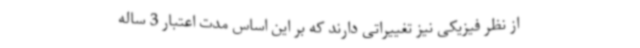
از نظر فیزیکی نیز تغییراتی دارند که بر این اساس مدت اعتبار 3 ساله